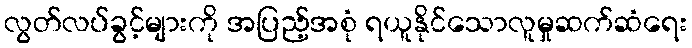
လွတ်လပ်ခွင့်များကို အပြည့်အစုံ ရယူနိုင်သောလူမှုဆက်ဆံရေး